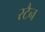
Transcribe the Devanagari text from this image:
रटैन